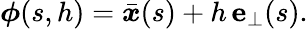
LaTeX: \boldsymbol\phi(s,h)=\bar{\boldsymbol{x}}(s)+h\, \mathbf{e}_{\perp}(s).